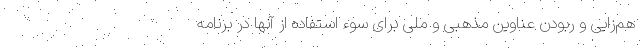
هم‌زایی و ربودن عناوین مذهبی و ملی برای سوء استفاده از آنها در برنامه